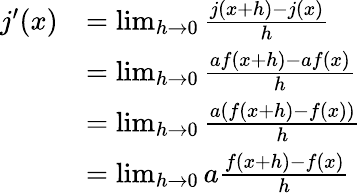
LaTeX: {\begin{array}{rl}{j^{\prime}(x)}&{=\operatorname*{lim}_{h\rightarrow 0}{\frac{j(x+h)-j(x)}{h}}}\\ &{=\operatorname*{lim}_{h\rightarrow 0}{\frac{af(x+h)-af(x)}{h}}}\\ &{=\operatorname*{lim}_{h\rightarrow 0}{\frac{a\left(f(x+h)-f(x)\right)}{h}}}\\ &{=\operatorname*{lim}_{h\rightarrow 0}a{\frac{f(x+h)-f(x)}{h}}}\end{array}}